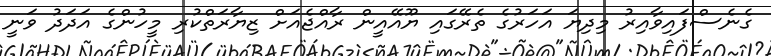
ގެނެސްފައިވާއިރު މިދިޔަ އަހަރުގެ ތެރޭގައި ޔޫއޭއީން ރާއްޖެއަށް ޒިޔާރަތްކުރި މީހުންގެ އަދަދު ވަނީ